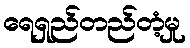
ရေရှည်တည်တံ့မှု